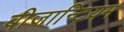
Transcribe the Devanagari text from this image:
बीजान्टियम